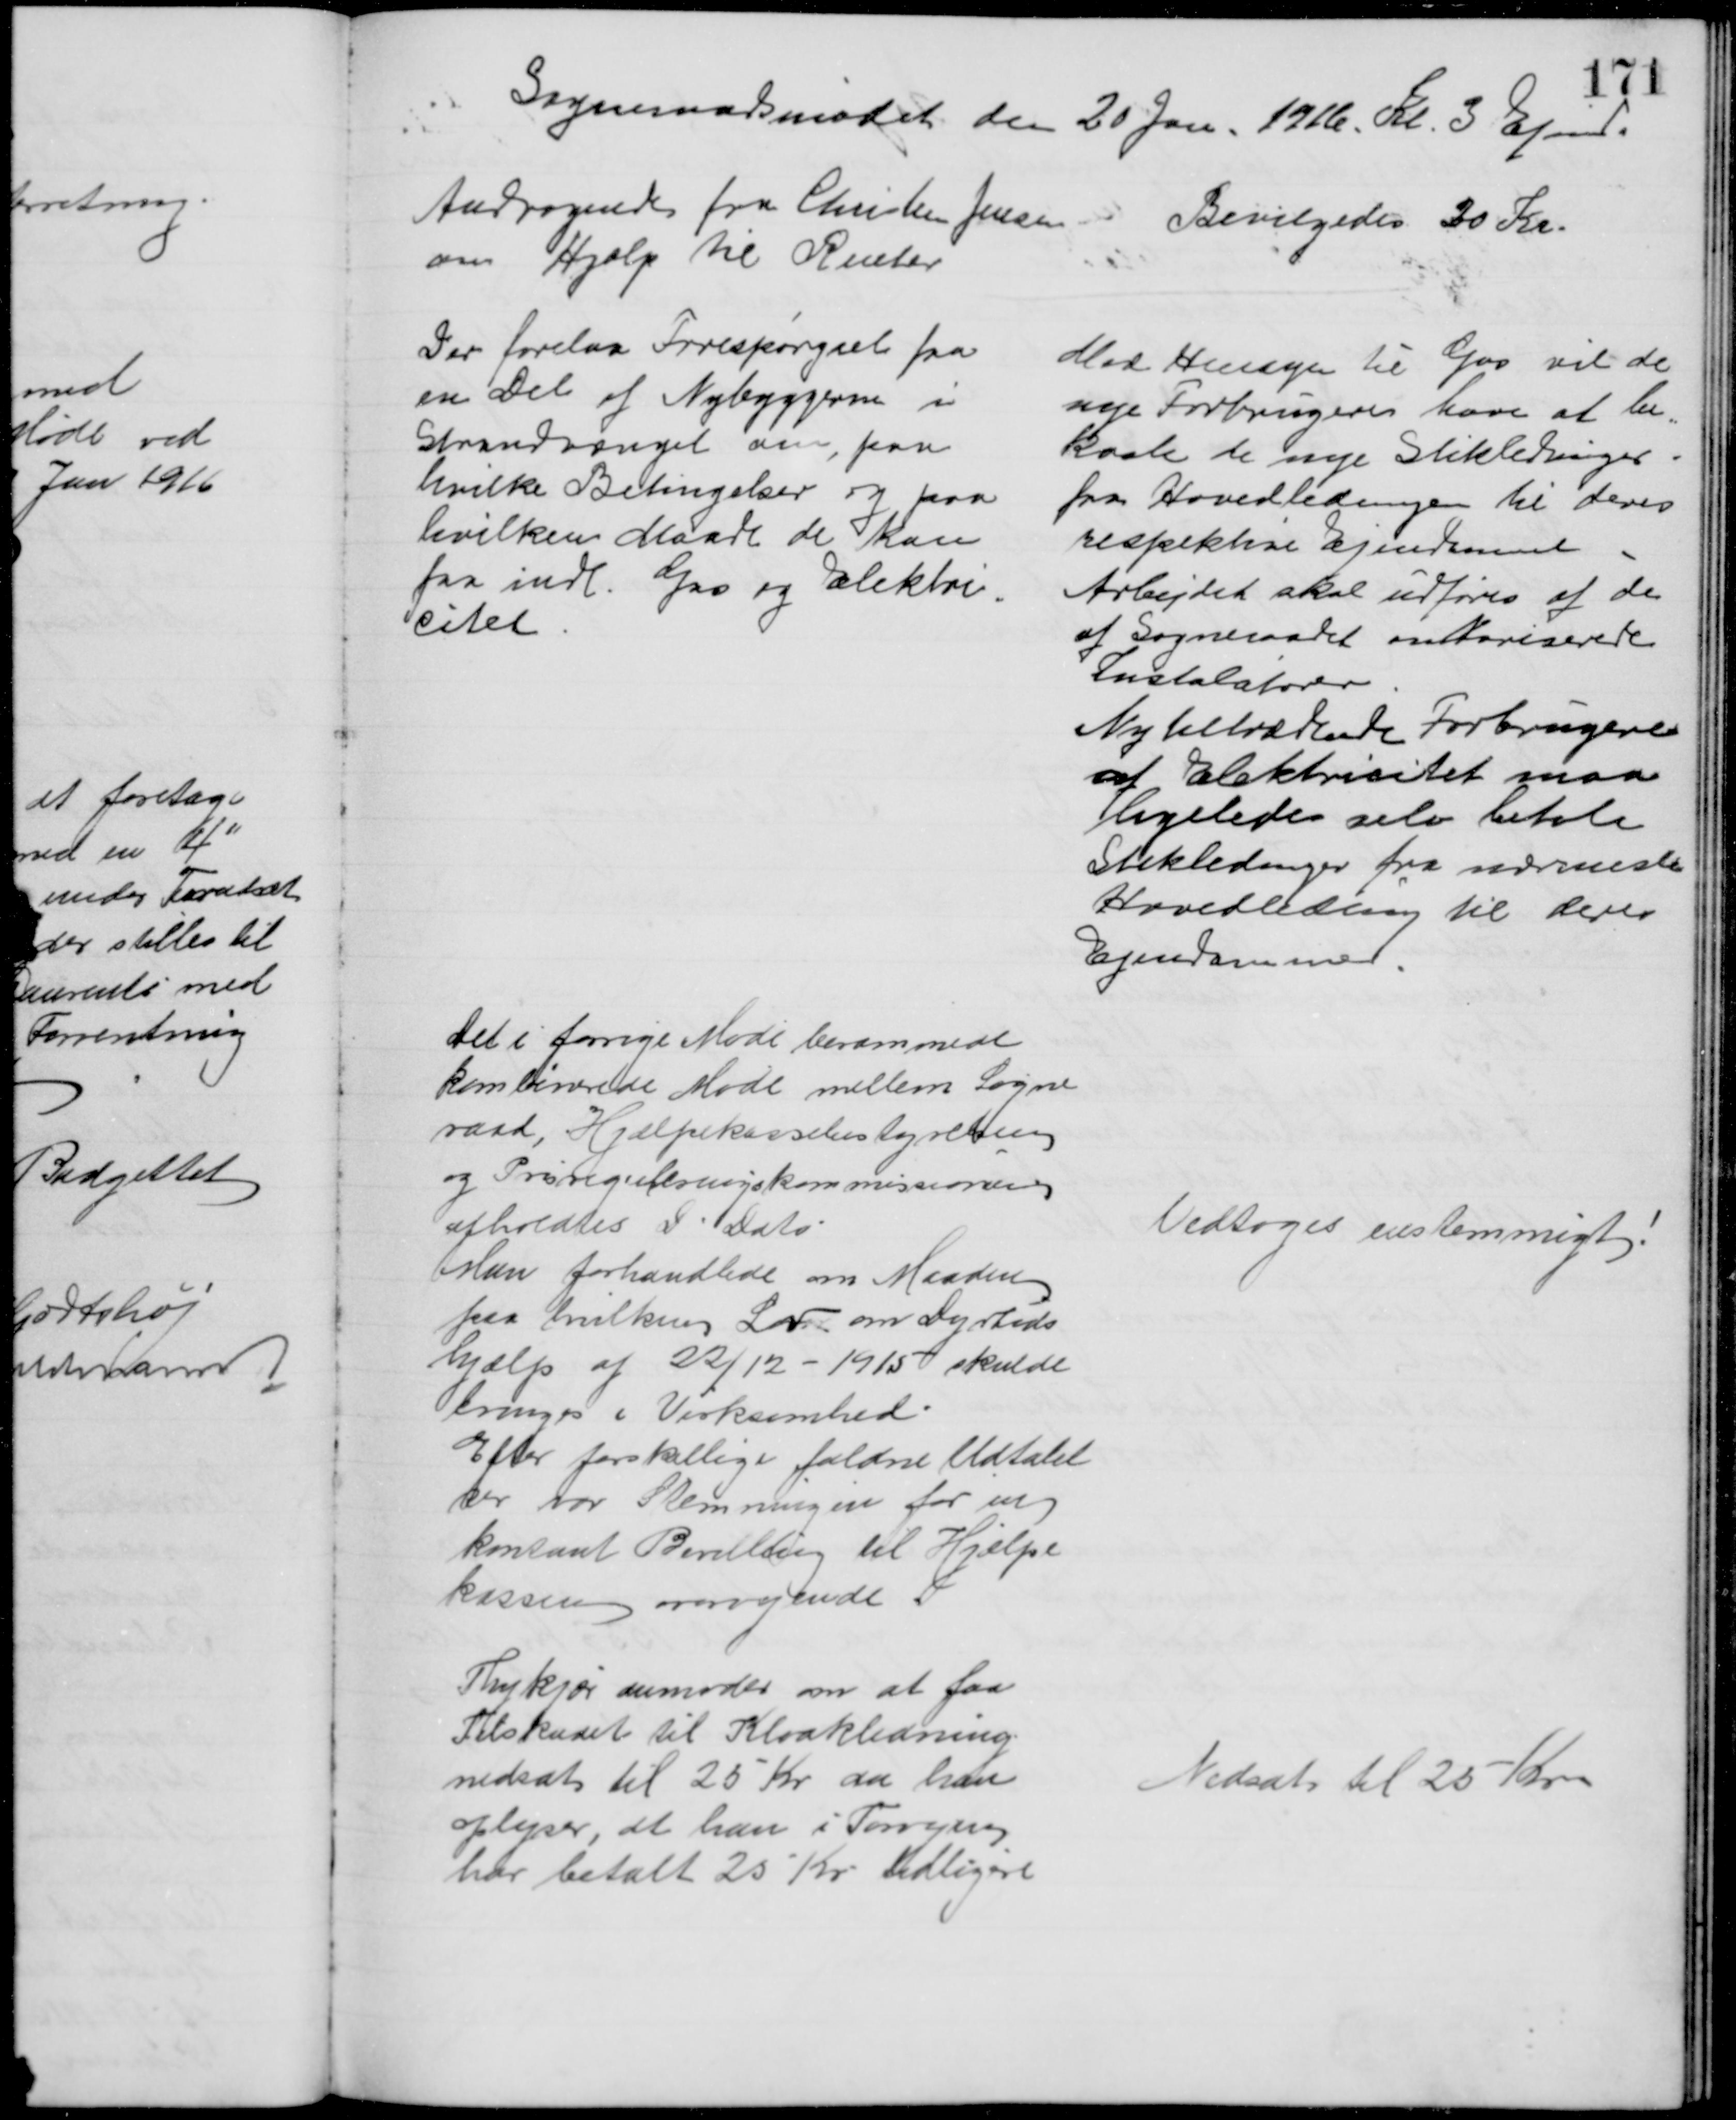
Transskription:
Sogneraadsmødet den 20 Jan. 1916. Kl. 3 Eftmd.
Andragende fra Christen Jensen
om Hjælp til Renter
Bevilgedes 30 Kr.
Der forelaa Forespørgsel fra
en Del af Nybyggerne i
Strandvænget om, paa
hvilke Betingelser og paa
hvilken Maade de kan
faa indl. Gas og Elektri-
citet
Med Hensyn til Gas vil de 
nye Forbrugere have at be-
koste de nye Stikledninger
fra Hovedledningen til deres
respektive Ejendomme
Arbejdet skal udføres af de
af sogneraadet autoriserede
Instalatører
Nytiltrædende Forbrugere
af Elektricitet maa
ligeledes selv betale
Stikledninger fra nærmeste
Hovedledning til deres
Ejendomme
Det i forrige Møde berammede
kombinerede Møde mellem Sogne
raad, Hjælpekassebestyrelsen
og Prisreguleringskommissionen
afholdtes D. Dato.
Man forhandlede om Maaden
paa hvilken Lov om Dyrtids
hjælp af 22/12 - 1915 skulde
bringes i Virksomhed.
Efter forskellige faldne Udtalel
ser var Stemningen for en
kontant Bevilling til Hjælpe
kassen overvejende 
Vedtoges enstemmigt!
Thykjær anmoder om at faa
Tilskudet til Kloakledning
nedsat til 25 Kr da han
oplyser, at han i Forvejen
har betalt 25 Kr tidligere
Nedsat til 25 Kr